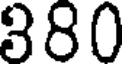
380